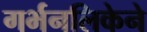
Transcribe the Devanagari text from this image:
गर्भनलिकेने